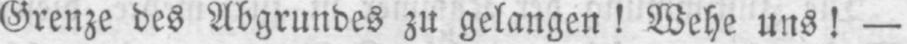
Grenze des Abgrundes zu gelangen! Wehe uns! -